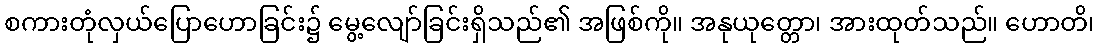
စကားတုံလှယ်ပြောဟောခြင်း၌ မွေ့လျော်ခြင်းရှိသည်၏ အဖြစ်ကို။ အနုယုတ္တော၊ အားထုတ်သည်။ ဟောတိ၊